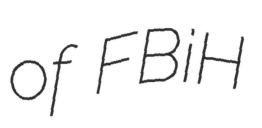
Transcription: of FBiH